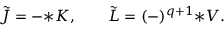
\begin{array} { r } { { \cal \tilde { J } } = - { * \cal K } , \qquad { \cal \tilde { L } } = ( - ) ^ { q + 1 } { * { \cal V } } . } \end{array}